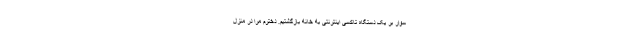
سوار بر یک دستگاه تاکسی اینترنتی به خانه بازگشتیم. دخترم مرا در منزل